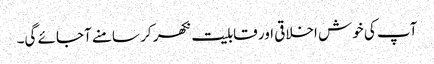
آپ کی خوش اخلاقی اور قابلیت نکھر کر سامنے آجائے گی۔